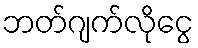
ဘတ်ဂျက်လိုငွေ